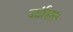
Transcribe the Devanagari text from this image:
जांडिस